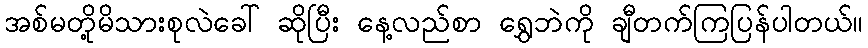
အစ်မတို့မိသားစုလဲခေါ် ဆိုပြီး နေ့လည်စာ ရွှေဘဲကို ချီတက်ကြပြန်ပါတယ်။